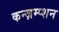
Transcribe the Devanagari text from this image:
कन्ज़म्प्शन